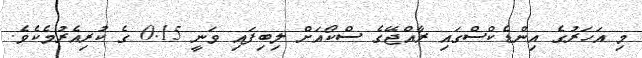
މި އަހަރުގެ އިންޑެކްސްގައި ރާއްޖޭގެ ސްކޯއަށް ލިބިފައި ވަނީ 0.15 ގެ ކުރިއެރުމެކެވެ.